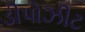
ડીપોઝીટ